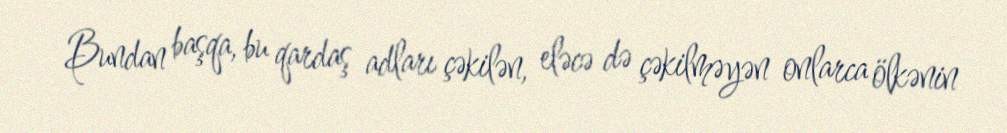
Bundan başqa, bu qardaş adları çəkilən, eləcə də çəkilməyən onlarca ölkənin